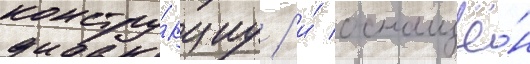
констру́кциу / и́ оснащё́н